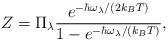
LaTeX: \begin{align*}Z = \Pi_{\lambda}\frac{e^{-\hbar\omega_{\lambda}/(2k_B T)}}{1-e^{-\hbar\omega_{\lambda}/(k_B T)}},\end{align*}